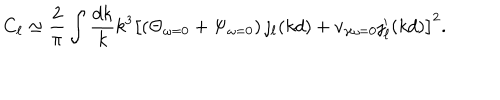
C _ { \ell } \simeq \frac { 2 } { \pi } \int \frac { d k } { k } k ^ { 3 } \left[ \left( \Theta _ { \omega = 0 } + \Psi _ { \omega = 0 } \right) \jmath _ { \ell } ( k d ) + v _ { \gamma \omega = 0 } \jmath _ { \ell } ^ { \prime } ( k d ) \right] ^ { 2 } .